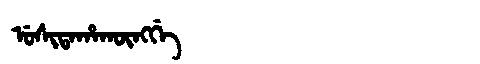
Manchu: ᡠᠰᡳᡨᠠᡥᠠᡴᡡᠩᡤᡝ
Romanization: USITAHAKŪNGGE